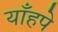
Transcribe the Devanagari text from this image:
याँहपे